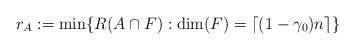
LaTeX: \begin{align*}r_A:=\min\{ R(A\cap F):{\rm dim}(F)=\lceil (1-\gamma_0)n\rceil \}\end{align*}